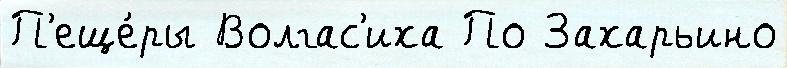
П'еще́ры Волгас'иха По Захарьино